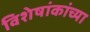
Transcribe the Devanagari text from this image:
विशेषांकांच्या